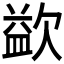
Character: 𣣼